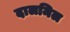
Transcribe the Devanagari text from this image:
दालमिल